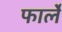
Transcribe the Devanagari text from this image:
फार्ले